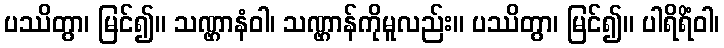
ပဿိတွာ၊ မြင်၍။ သဏ္ဌာနံဝါ၊ သဏ္ဌာန်ကိုမူလည်း။ ပဿိတွာ၊ မြင်၍။ ပါရိရိံဝါ၊